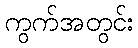
ကွက်အတွင်း